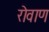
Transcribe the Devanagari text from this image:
रोवाण